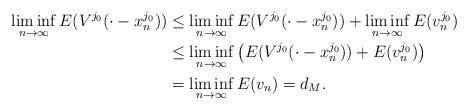
LaTeX: \begin{align*}\liminf_{n\rightarrow \infty} E(V^{j_0}(\cdot-x^{j_0}_n)) &\leq \liminf_{n\rightarrow \infty} E(V^{j_0}(\cdot-x^{j_0}_n)) + \liminf_{n\rightarrow \infty} E(v^{j_0}_n) \\&\leq \liminf_{n\rightarrow \infty} \left(E(V^{j_0}(\cdot-x^{j_0}_n)) + E(v^{j_0}_n) \right) \\&=\liminf_{n\rightarrow \infty} E(v_n) = d_M.\end{align*}